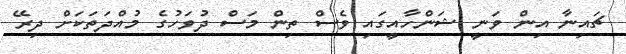
ޗައިނާ އިން ވަނީ ޝަންހާއީގައި ވެސް ތިން މަސް ދުވަހުގެ މުއްދަތަކަށް ދިރޭ